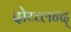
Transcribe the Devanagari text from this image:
दोय्च्लन्द्